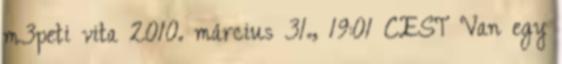
m3peti vita 2010. március 31., 19:01 CEST Van egy